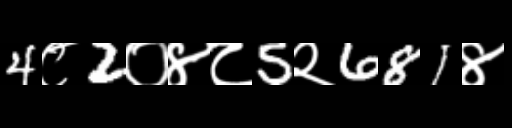
Text: 4८2०४८5२681४